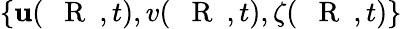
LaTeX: \{ \mathbf{u}(\mathrm{{~{~\mathbf{~}R~}~}},t),v(\mathrm{{~{~\mathbf{~}R~}~}},t),\zeta(\mathrm{{~{~\mathbf{~}R~}~}},t)\}